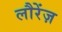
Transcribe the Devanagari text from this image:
लौरेंज़